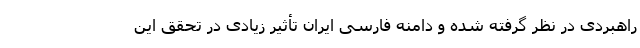
راهبردی در نظر گرفته شده و دامنه فارسی ایران تأثیر زیادی در تحقق این